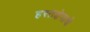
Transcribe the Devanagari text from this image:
हस्तक्षेपाचे